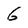
Character: 6